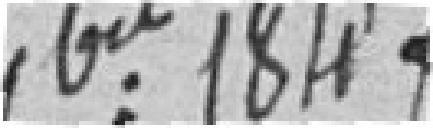
septembre 1847